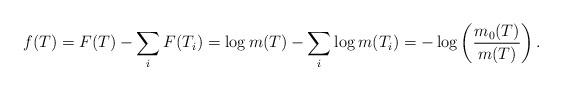
LaTeX: \begin{align*}f(T)=F(T) - \sum_i F(T_i) = \log m(T) - \sum_i \log m(T_i) = - \log\left(\frac{m_0(T)}{m(T)}\right).\end{align*}